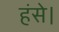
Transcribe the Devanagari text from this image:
हंसे।